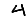
Digit: 4